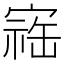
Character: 𪧥